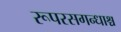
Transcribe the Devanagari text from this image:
रूपरसगन्धाश्च